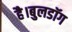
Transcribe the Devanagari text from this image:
है।बुलडॉग